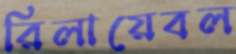
রিলায়েবল